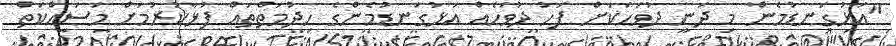
"އަޅުގަނޑުމެން މި ދަނީ ދުވަހަކަށް ފަހު ދުވަހެއް އަޅުގަނޑުމެންގެ ހިދުމަތްތައް ފުޅާކުރުމަށް މަސައްކަތް